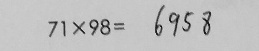
7 1 \times 9 8 = 6 9 5 8